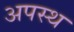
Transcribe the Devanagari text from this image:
अपस्थ